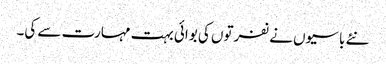
نئے باسیوں نے نفرتوں کی بوائی بہت مہارت سے کی۔